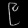
Digit: ၉